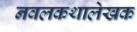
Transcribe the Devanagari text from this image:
नवलकथालेखक